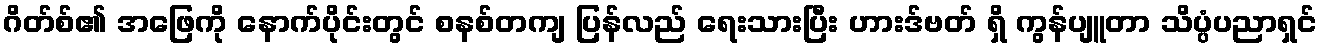
ဂိတ်စ်၏ အဖြေကို နောက်ပိုင်းတွင် စနစ်တကျ ပြန်လည် ရေးသားပြီး ဟားဒ်ဗတ် ရှိ ကွန်ပျူတာ သိပ္ပံပညာရှင်